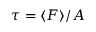
{ \tau } = { \langle } F { \rangle } / A